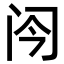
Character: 𬮞